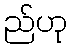
ည်ဟု